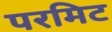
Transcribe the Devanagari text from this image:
परमिट